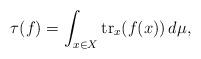
LaTeX: \begin{align*}\tau(f) = \int_{x \in X} \mathrm{tr}_x(f(x))\,d\mu,\end{align*}